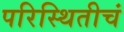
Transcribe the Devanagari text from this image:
परिस्थितीचं